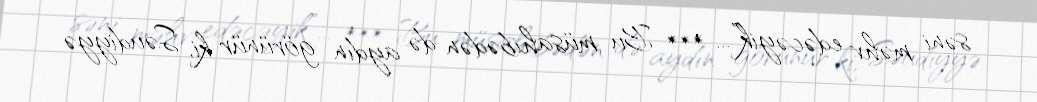
səni məhv edəcəyik”... *** Bu müsahibədən də aydın görünür ki, Səudiyyə